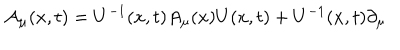
LaTeX: { \cal A } _ { \mu } ( x , t ) = U ^ { - 1 } ( x , t ) A _ { \mu } ( x ) U ( x , t ) + U ^ { - 1 } ( x , t ) \partial _ { \mu }